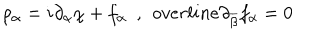
\rho _ { \alpha } = i \partial _ { \alpha } \chi + f _ { \alpha } \ \ , \ \, o v e r l i n e { \partial } _ { \overline { { { \beta } } } } f _ { \alpha } = 0